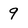
Character: 9